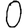
Digit: 0